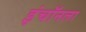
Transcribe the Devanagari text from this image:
इंचॉनला